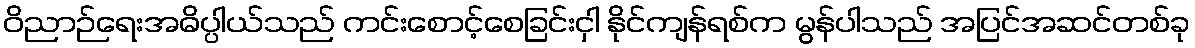
ဝိညာဉ်ရေးအဓိပ္ပါယ်သည် ကင်းစောင့်စေခြင်းငှါ နိုင်ကျန်ရစ်က မွန်ပါသည် အပြင်အဆင်တစ်ခု